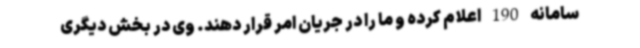
سامانه 190 اعلام کرده و ما را در جریان امر قرار دهند. وی در بخش دیگری